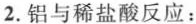
2.铝与稀盐酸反应：